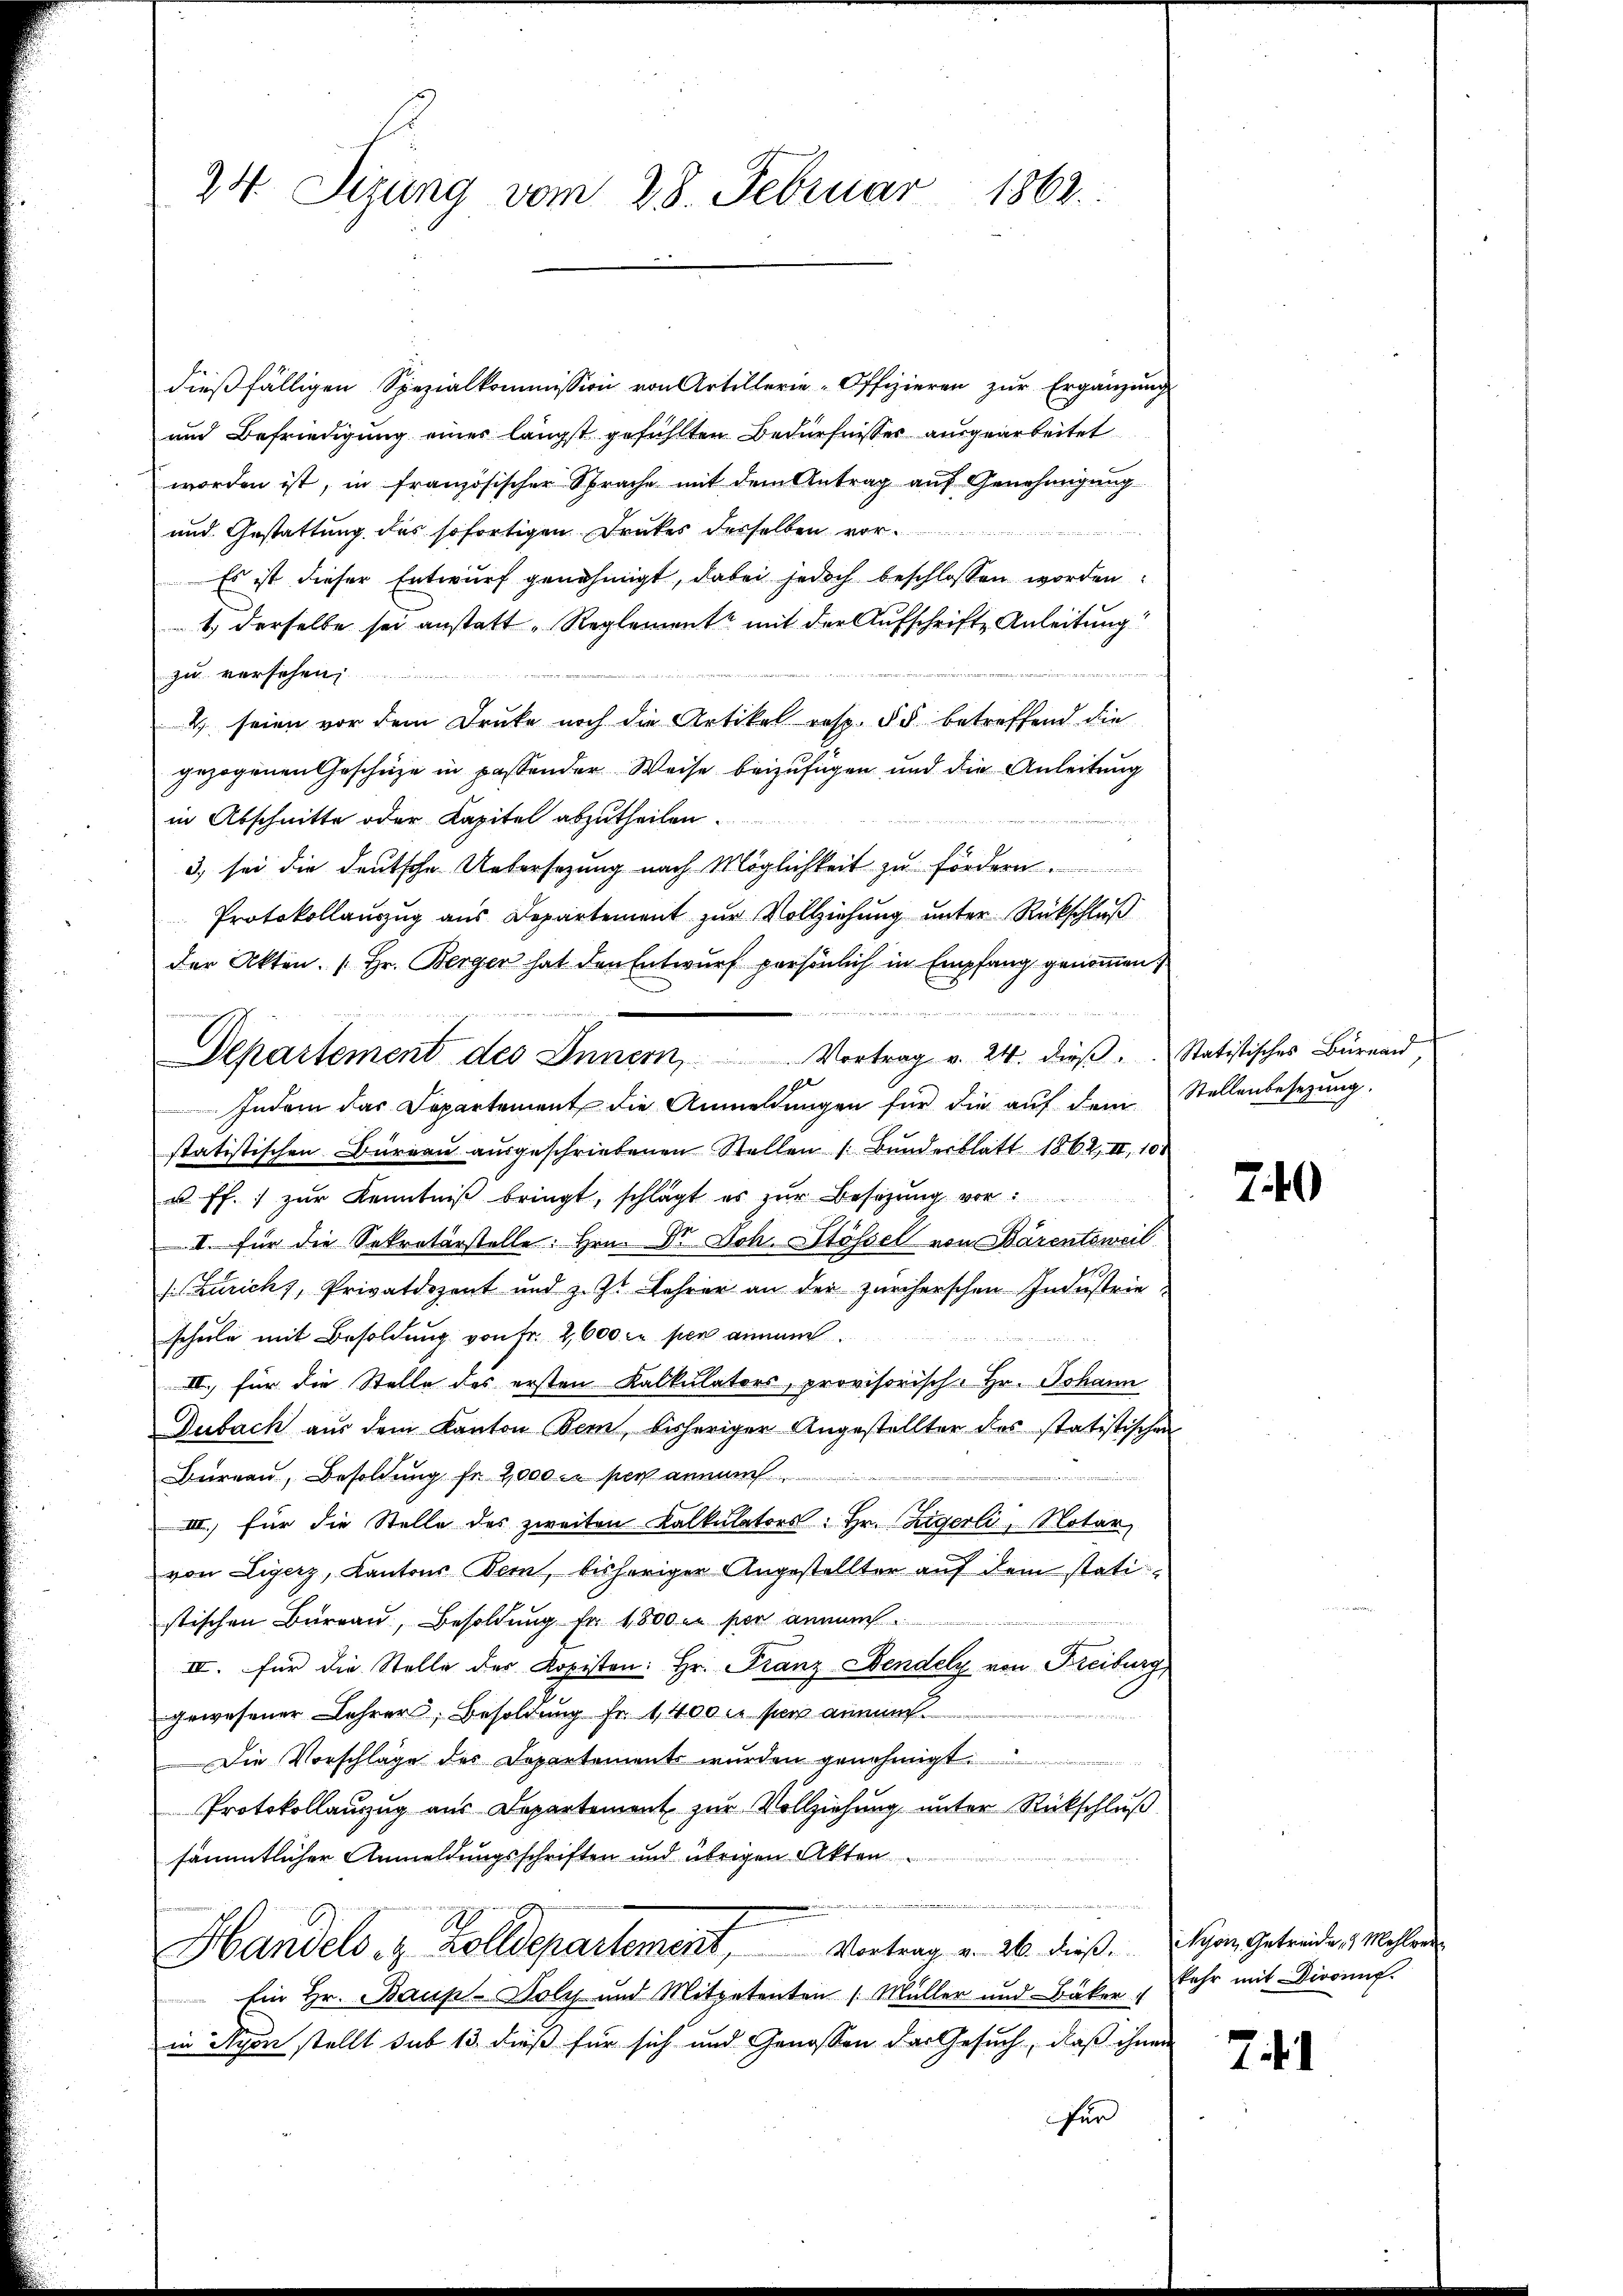
24. Sizung vom 28. Februar 1862.

dieβfälligen Spezialkommission von Artillerie-Offizieren zŭr Ergänzŭng
und Befriedigung eines längst gefühlten Bedürfnisser ausgearbeitet
worden ist, in französischer Sprache mit dem Antrag auf Genehmigung
und Gestattung des sofortigen Druckes derselben vor.
Es ist dieser Entwurf genehmigt, dabei jedoch beschlossen worden
1. derselbe sei anstatt „Reglemente mit der Aufschrifte Anleitung
zu versehen
4. seien vor dem Druke noch die Artikel resp. § 5 betreffend die
gezogenen Geschüze in passender Weise beizufügen und die Anleitung
in Abschnitte oder Kapitel abzutheilen.
3) sei die deutsche Untersezung nach Möglichkeit zu fördern.
Protokollauszug aus Departement zur Vollziehung unter Rückschluß
der Akten. [Hr. Berger hat den Entwurf persönlich in Empfang genommen
Indem das Departement die Anmeldungen für die auf dem Stellenbesezung.
statistischen Büreaŭ aŭsgeschriebenen Stellen /: Bunderblatt 1862, II, 100
u ff.) zŭr Kenntniβ bringt, schlägt es zŭr Besetzŭng vor:
II. für die Sekretärstelle. Hrn. Dr. Joh. Stössel von Bärentsweil
(Zürich, Privatdozent und z. Zt. Lehrer an der zürcherschen Industrieschule mit Besoldung von Fr. 2600 cr pen aimun

III. für die Stelle des ersten Kalkulators, provisorisch-Hr. Johann
Dubach aus dem Kanton Bern, bisheriger Angestellter das statistischen
Bureau, Besoldung fr 2000 in per annun
III, für die Stelle des zweiten Kalkulators. Hr. Zigerli, Notar
von Ligerz, Kantons Bern, bisheriger Angestellten auf dem statistischen Bureau, Besoldung fr. 1800 ne per annum
II. für die Stelle des Kopisten: Hr. Franz Sendely von Freiburg
gewesener Lehrer Besoldung fr. 1400 m sie annun
Die Vorschläge des Departements wurden genehmigt.
Protokollauszug aus Departement zur Vollziehung unter Rückschluß
sämmtlicher Anmeldungsschriften und übrigen Akten
Handels- & Zolldepartement, Vortrag v. 26. dieß. Eigen Getreide, Mahlen
Ein Hr. Baupl-Doly und Mitpetenten (Müller und Bäker
in Nyon stellt sub 13 dieß für sich und Genossen das Gesuch, daß ihnen
für

Departement des Innern, Vortrag v. 24. dieβ. Statistisches Büreaŭ

740

kehr mit Diroinf.

7.1